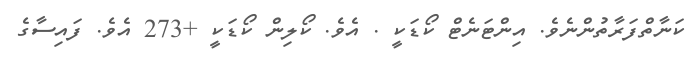
ކަނާތްފަރާތުންނެވެ. އިންޓަނެޓް ކޯޑަކީ . އެވެ. ކޯލިން ކޯޑަކީ +273 އެވެ. ފައިސާގެ